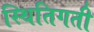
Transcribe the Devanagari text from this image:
स्थितिगती